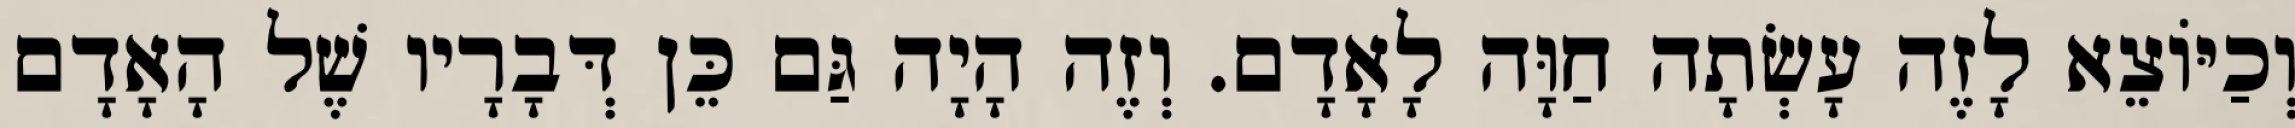
וְכַיּוֹצֵא לָזֶה עָשְׂתָה חַוָּה לָאָדָם. וְזֶה הָיָה גַּם כֵּן דְּבָרָיו שֶׁל הָאָדָם